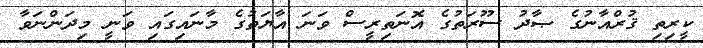
ކީރިތި ޤުރްއާނުގެ ޞާދު ސޫރަތުގެ އޮނަތިރީސް ވަނަ އާޔަތުގެ މާނައިގައި ވަނީ މިދަންނަވާ